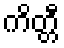
ကိတ္တီ